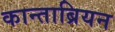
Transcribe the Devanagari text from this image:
कान्ताब्रियन